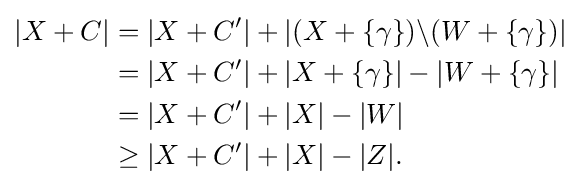
{\begin{aligned}|X+C|&=|X+C'|+|(X+\{\gamma \})\backslash (W+\{\gamma \})|\\&=|X+C'|+|X+\{\gamma \}|-|W+\{\gamma \}|\\&=|X+C'|+|X|-|W|\\&\geq |X+C'|+|X|-|Z|.\end{aligned}}